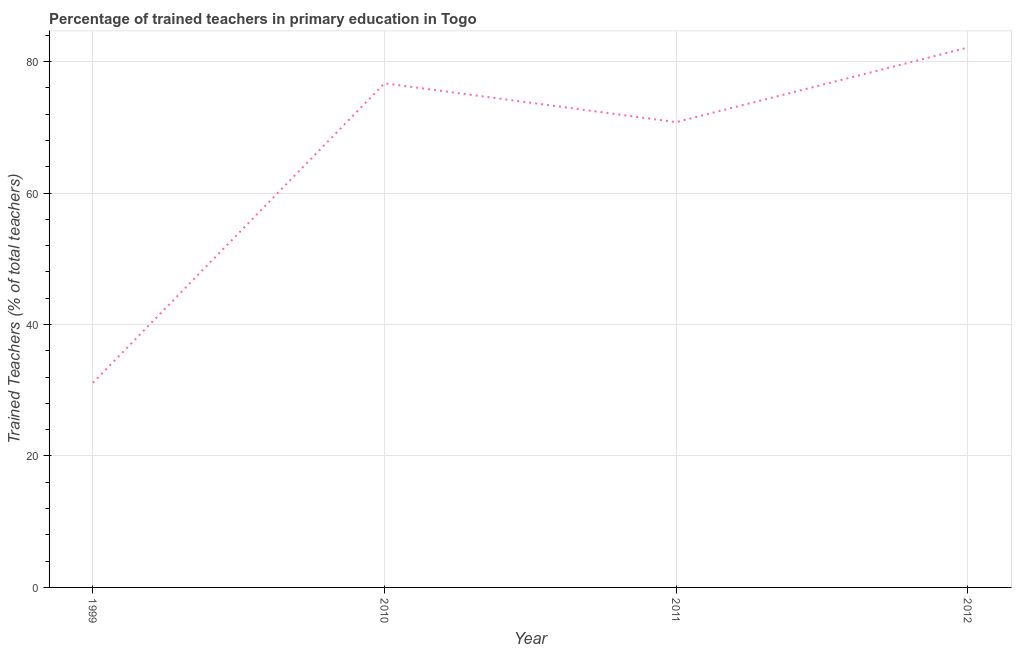
| Year | Trained teacher |
 | --- | --- |
 | 1999 | 31.1 |
 | 2010 | 76.7 |
 | 2011 | 70.8 |
 | 2012 | 82.1 |